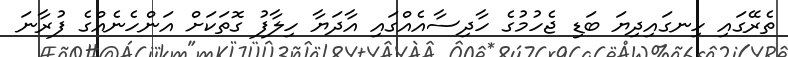
ތެރޭގައި ހިނގައިދިޔަ ބަޑި ޖެހުމުގެ ހާދިސާއެއްގައި އާދަޔާ ހިލާފު ގޮތަކަށް އަންހެނެއްގެ ފުރާނަ